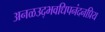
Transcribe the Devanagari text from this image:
अनळउद्भवधिपनंदनप्रिय